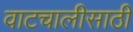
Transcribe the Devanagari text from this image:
वाटचालीसाठी